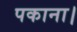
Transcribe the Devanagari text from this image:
पकाना।